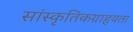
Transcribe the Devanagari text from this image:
सांस्कृतिकग्राहृयता